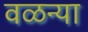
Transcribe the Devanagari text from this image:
वळन्या